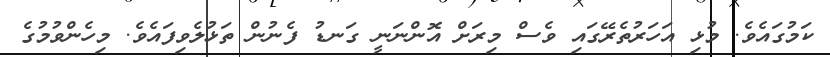
ކަމުގައެވެ. މުޅި އަހަރުތެރޭގައި ވެސް މިރަށް އޮންނަނީ ގަނޑު ފެނުން ތަޅުލެވިފައެވެ. މިހެންވުމުގެ